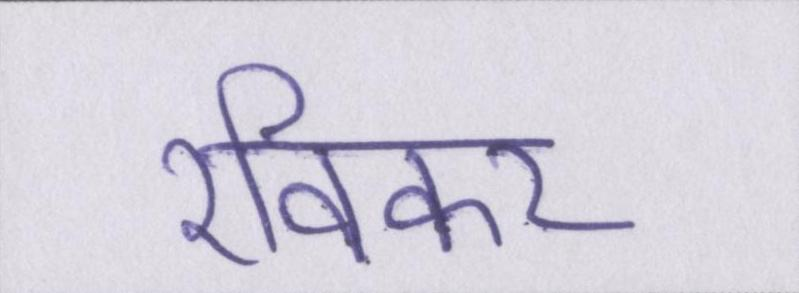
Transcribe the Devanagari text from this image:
रविकर